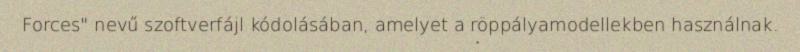
Forces" nevű szoftverfájl kódolásában, amelyet a röppályamodellekben használnak.